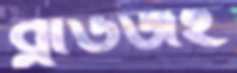
ব্লাউজই